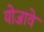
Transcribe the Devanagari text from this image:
योजावे